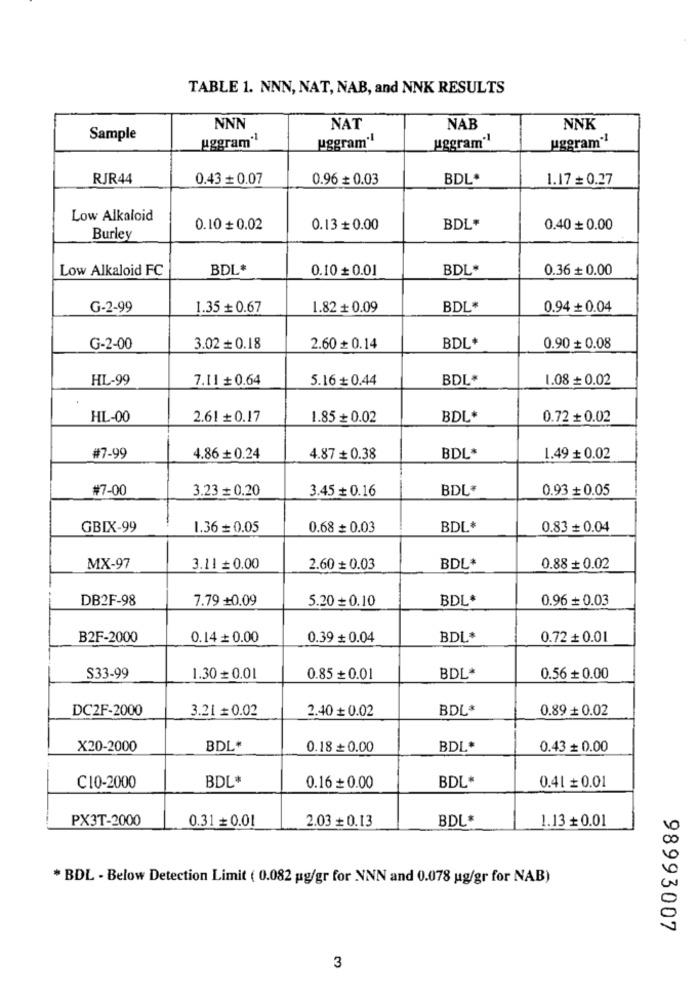
TABLE 1. NNN, NAT, NAB, and NNK RESULTS
NNN
NAT
NAB
NNK
Sample
uggram'1
uggram.1
uggram"!
uggram"!
RJR44
0.43 + 0.07
0.96 + 0.03
BDL*
1.17 = 0.27
Low Alkaloid
0.10 + 0.02
0.13 + 0.00
BDL*
0.40 + 0.00
Burley
Low Alkaloid FC
BDL
0.10 + 0.01
BDL*
0.36 + 0.00
G-2-99
1.35 + 0.67
1.82 + 0.09
BDL*
0.94 + 0.04
BDL*
G-2-00
3.02 + 0.18
2.60 + 0.14
0.90 + 0.08
HL-99
7.11 + 0.64
5.16 + 0.44
BDL*
1.08 + 0.02
HL-00
2.61 + 0.17
1.85 + 0.02
BDL*
0.72 + 0.02
#7-99
4.86 + 0.24
4.87 + 0.38
BDL*
1.49 + 0.02
#7-00
3.23 = 0.20
3.45 + 0.16
BDL*
0.93 + 0.05
GBIX-99
1.36 = 0.05
0.68 # 0.03
BDL
0.83 + 0.04
MX-97
3.11 = 0.00
2.60 + 0.03
BDL*
0.88 + 0.02
DB2F-98
7.79 +0.09
5.20 = 0.10
BDL*
0.96 + 0.03
B2F-2000
0.14 + 0.00
0.39 # 0.04
BDL*
0.72 + 0.01
S33-99
1.30 = 0.01
0.85 + 0.01
BDL*
0.56 + 0.00
DC2F-2000
3.21 = 0.02
2.40 + 0.02
BDL*
0.89 + 0.02
X20-2000
BDL
0.18 + 0.00
BDL*
0.43 + 0.00
BDL*
BDL
C10-2000
0.16 + 0.00
0.41 + 0.01
PX3T-2000
0.31 + 0.01
2.03 + 0.13
BDL*
1.13 + 0.01
* BDL - Below Detection Limit ( 0.082 pg/gr for NNN and 0.078 ug/gr for NAB)
98993007
3